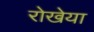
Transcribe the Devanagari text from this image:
रोखेया